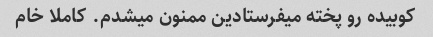
کوبیده رو پخته میفرستادین ممنون میشدم. کاملا خام